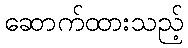
ဆောက်ထားသည့်